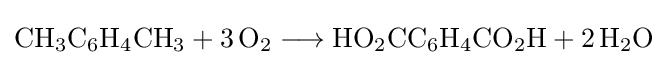
{\mathrm {CH} {\vphantom {A}}_{\smash[{t}]{3}}\mathrm {C} {\vphantom {A}}_{\smash[{t}]{6}}\mathrm {H} {\vphantom {A}}_{\smash[{t}]{4}}\mathrm {CH} {\vphantom {A}}_{\smash[{t}]{3}}{}+{}3\,\mathrm {O} {\vphantom {A}}_{\smash[{t}]{2}}{}\mathrel {\longrightarrow } {}\mathrm {HO} {\vphantom {A}}_{\smash[{t}]{2}}\mathrm {CC} {\vphantom {A}}_{\smash[{t}]{6}}\mathrm {H} {\vphantom {A}}_{\smash[{t}]{4}}\mathrm {CO} {\vphantom {A}}_{\smash[{t}]{2}}\mathrm {H} {}+{}2\,\mathrm {H} {\vphantom {A}}_{\smash[{t}]{2}}\mathrm {O} }